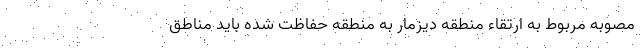
مصوبه مربوط به ارتقاء منطقه دیزمار به منطقه حفاظت شده باید مناطق